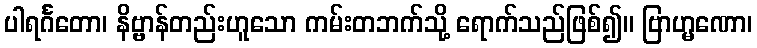
ပါရင်္ဂတော၊ နိဗ္ဗာန်တည်းဟူသော ကမ်းတဘက်သို့ ရောက်သည်ဖြစ်၍။ ဗြာဟ္မဏော၊